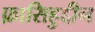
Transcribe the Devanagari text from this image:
फ़ासिहुद्दीन